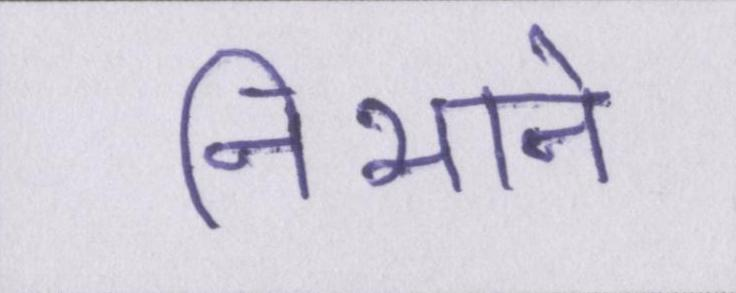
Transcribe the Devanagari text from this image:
निभाने